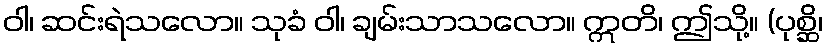
ဝါ၊ ဆင်းရဲသလော။ သုခံ ဝါ၊ ချမ်းသာသလော။ ဣတိ၊ ဤသို့။ (ပုစ္ဆိ၊